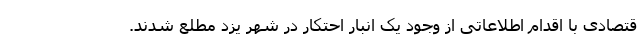
قتصادی با اقدام اطلاعاتی از وجود یک انبار احتکار در شهر یزد مطلع شدند.